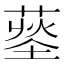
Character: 𦹨